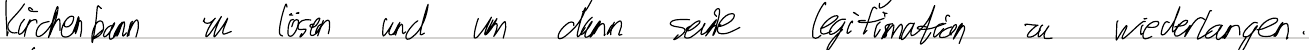
Kirchenbann zu lösen und um dann seine Legitimation zu widerlangen.